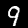
Label: 9